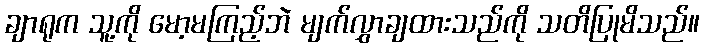
ချာရုက သူ့ကို မော့မကြည့်ဘဲ မျက်လွှာချထားသည်ကို သတိပြုမိသည်။